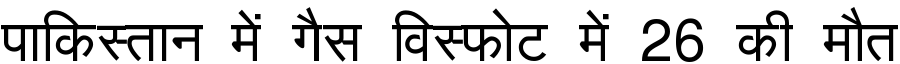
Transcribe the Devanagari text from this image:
पाकिस्तान में गैस विस्फोट में 26 की मौत